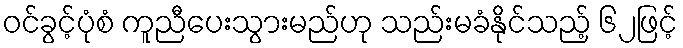
ဝင်ခွင့်ပုံစံ ကူညီပေးသွားမည်ဟု သည်းမခံနိုင်သည့် ၆၂ဖြင့်